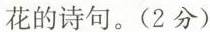
花的诗句。(2分)